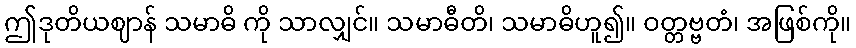
ဤဒုတိယဈာန် သမာဓိ ကို သာလျှင်။ သမာဓီတိ၊ သမာဓိဟူ၍။ ဝတ္တဗ္ဗတံ၊ အဖြစ်ကို။